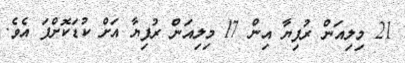
21 މިލިއަން ރުފިޔާ އިން 17 މިލިއަން ރުފިޔާ އަށް ކުޑަކޮށްފަ އެވެ.